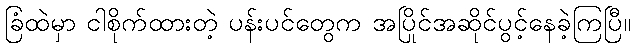
ခြံထဲမှာ ငါစိုက်ထားတဲ့ ပန်းပင်တွေက အပြိုင်အဆိုင်ပွင့်နေခဲ့ကြပြီ။